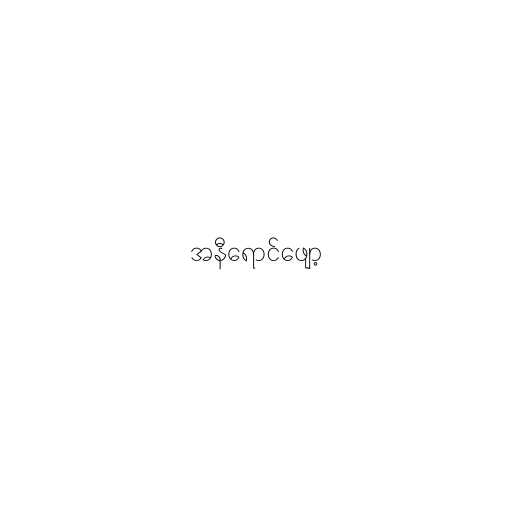
အနီရောင်ဖျော့